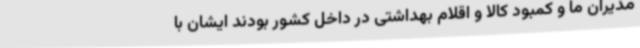
مدیران ما و کمبود کالا و اقلام بهداشتی در داخل کشور بودند ایشان با